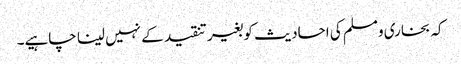
کہ بخاری ومسلم کی احادیث کو بغیر تنقید کے نہیں لینا چاہیے۔